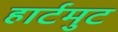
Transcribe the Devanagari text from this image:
हार्टमुट